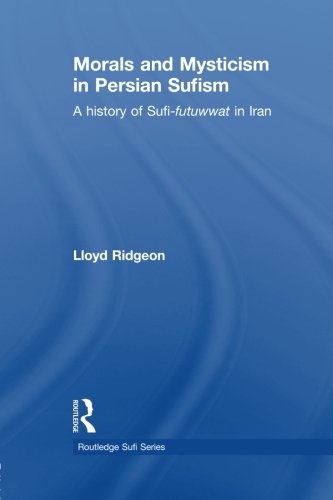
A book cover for Morals and Mysticism in Persian Sufism: A History of Sufi-Futuwwat in Iran (Routledge Sufi); Lloyd Ridgeon; Religion & Spirituality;